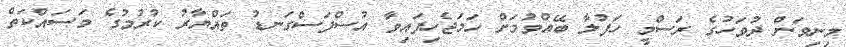
މިނިވަން ދުވަހުގެ ރަސްމީ ހަފުލާ ބޭއްވުމަށް ހަމަޖެހިފައިވާ އުސްފަސްގަނޑު ތައްޔާރު ކުރުމުގެ މަސައްކަތް